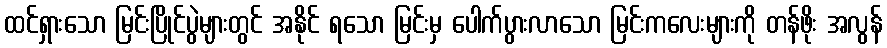
ထင်ရှားသော မြင်းပြိုင်ပွဲများတွင် အနိုင် ရသော မြင်းမှ ပေါက်ပွားလာသော မြင်းကလေးများကို တန်ဖိုး အလွန်